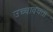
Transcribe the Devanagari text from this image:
उच्चावचता